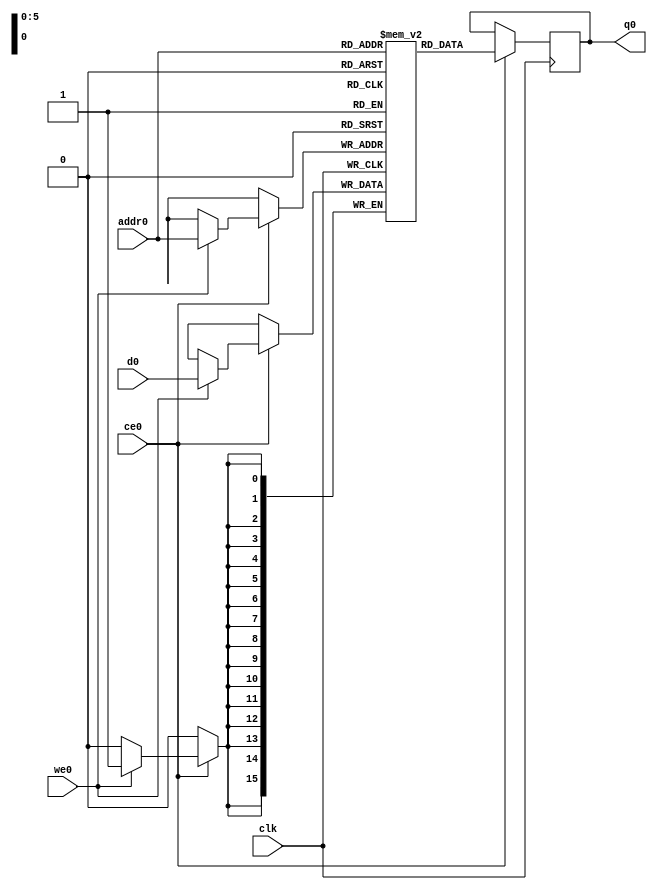
// ==============================================================
// Vivado(TM) HLS - High-Level Synthesis from C, C++ and SystemC v2019.2 (64-bit)
// Copyright 1986-2019 Xilinx, Inc. All Rights Reserved.
// ==============================================================
`timescale 1 ns / 1 ps
module conv_2d_cl_ss_ap_fixed_ap_fixed_16_4_5_3_0_config12_s_tmpwdI_ram (addr0, ce0, d0, we0, q0,  clk);

parameter DWIDTH = 16;
parameter AWIDTH = 6;
parameter MEM_SIZE = 48;

input[AWIDTH-1:0] addr0;
input ce0;
input[DWIDTH-1:0] d0;
input we0;
output reg[DWIDTH-1:0] q0;
input clk;

(* ram_style = "distributed" *)reg [DWIDTH-1:0] ram[0:MEM_SIZE-1];




always @(posedge clk)  
begin 
    if (ce0) begin
        if (we0) 
            ram[addr0] <= d0; 
        q0 <= ram[addr0];
    end
end


endmodule

`timescale 1 ns / 1 ps
module conv_2d_cl_ss_ap_fixed_ap_fixed_16_4_5_3_0_config12_s_tmpwdI(
    reset,
    clk,
    address0,
    ce0,
    we0,
    d0,
    q0);

parameter DataWidth = 32'd16;
parameter AddressRange = 32'd48;
parameter AddressWidth = 32'd6;
input reset;
input clk;
input[AddressWidth - 1:0] address0;
input ce0;
input we0;
input[DataWidth - 1:0] d0;
output[DataWidth - 1:0] q0;



conv_2d_cl_ss_ap_fixed_ap_fixed_16_4_5_3_0_config12_s_tmpwdI_ram conv_2d_cl_ss_ap_fixed_ap_fixed_16_4_5_3_0_config12_s_tmpwdI_ram_U(
    .clk( clk ),
    .addr0( address0 ),
    .ce0( ce0 ),
    .we0( we0 ),
    .d0( d0 ),
    .q0( q0 ));

endmodule